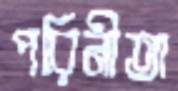
পরিনীতা